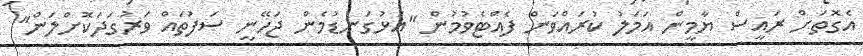
އެގޮތަށް ރައީސް ޔާމީން އަމަލު ކުރައްވަން ފެއްޓެވުމުން "އަޅުގަނޑުމެން ޖަހޭނީ ސަފުތައް ވަރުގަދަކޮށްލަން"